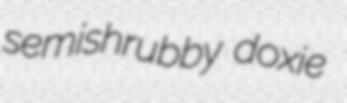
semishrubby doxie